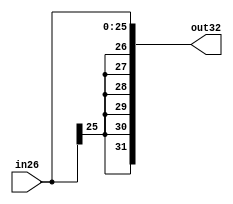
module sign_ext_26(in26, out32);

	input [25:0] in26;
	
	output reg [31:0] out32;
	
	always @(in26)
	begin
	
	out32 <= $signed(in26);
	
	end
endmodule